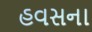
હવસના